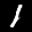
Label: 1